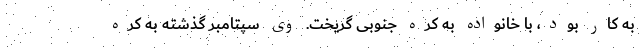
به کار بود، با خانواده به کره جنوبی گریخت. وی سپتامبر گذشته به کره